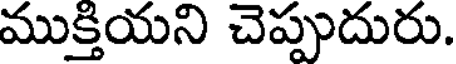
ముక్తియని చెప్పుదురు.